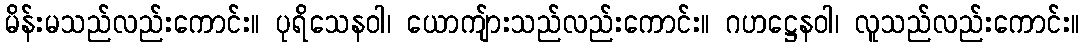
မိန်းမသည်လည်းကောင်း။ ပုရိသေနဝါ၊ ယောကျ်ားသည်လည်းကောင်း။ ဂဟဋ္ဌေနဝါ၊ လူသည်လည်းကောင်း။